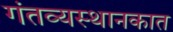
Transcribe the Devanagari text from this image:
गंतव्यस्थानकात